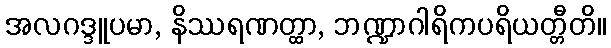
အလဂဒ္ဒူပမာ, နိဿရဏတ္ထာ, ဘဏ္ဍာဂါရိကပရိယတ္တီတိ။